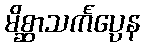
မိစ္ဆာသင်္ကပ္ပေန